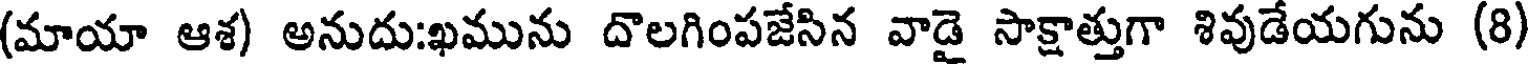
(మాయా ఆశ) అనుదు:ఖమును దొలగింపజేసిన వాడై సాక్షాత్తుగా శివుడేయగును (8)